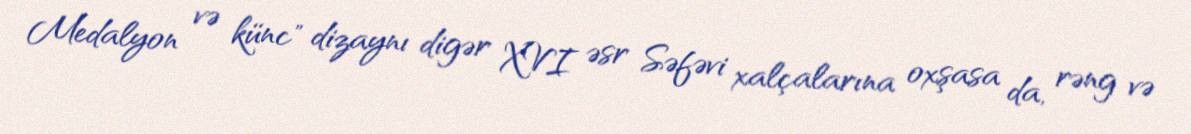
Medalyon və künc" dizaynı digər XVI əsr Səfəvi xalçalarına oxşasa da, rəng və